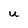
Character: U